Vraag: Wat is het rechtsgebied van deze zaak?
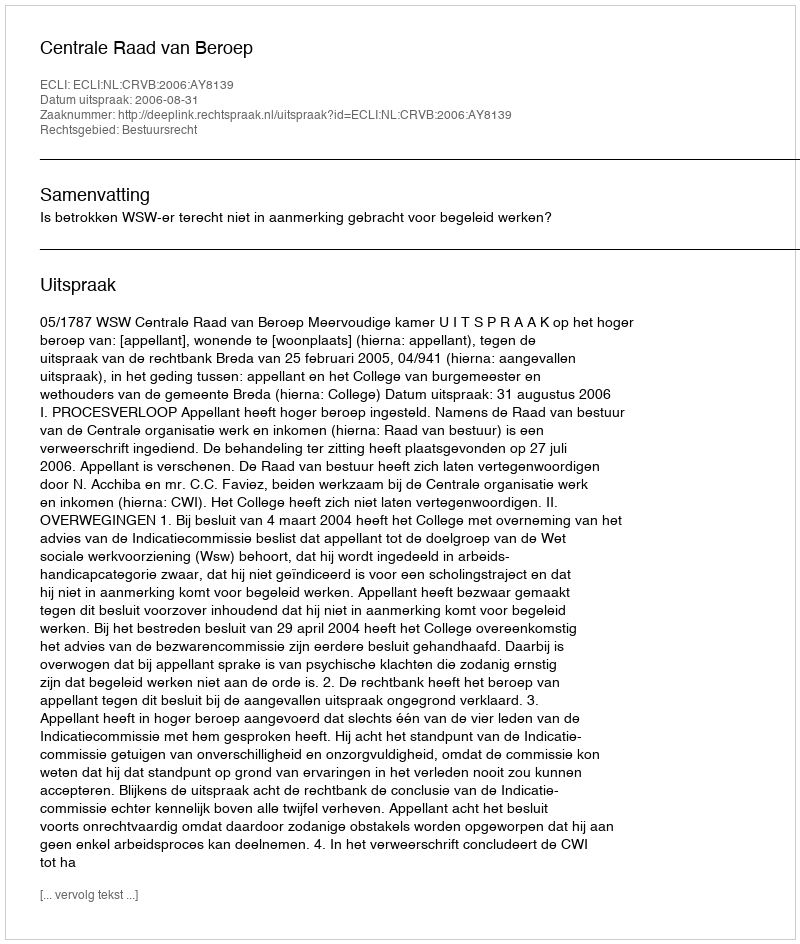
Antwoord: Bestuursrecht